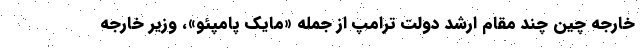
خارجه چین چند مقام ارشد دولت ترامپ از جمله «مایک پامپئو»، وزیر خارجه